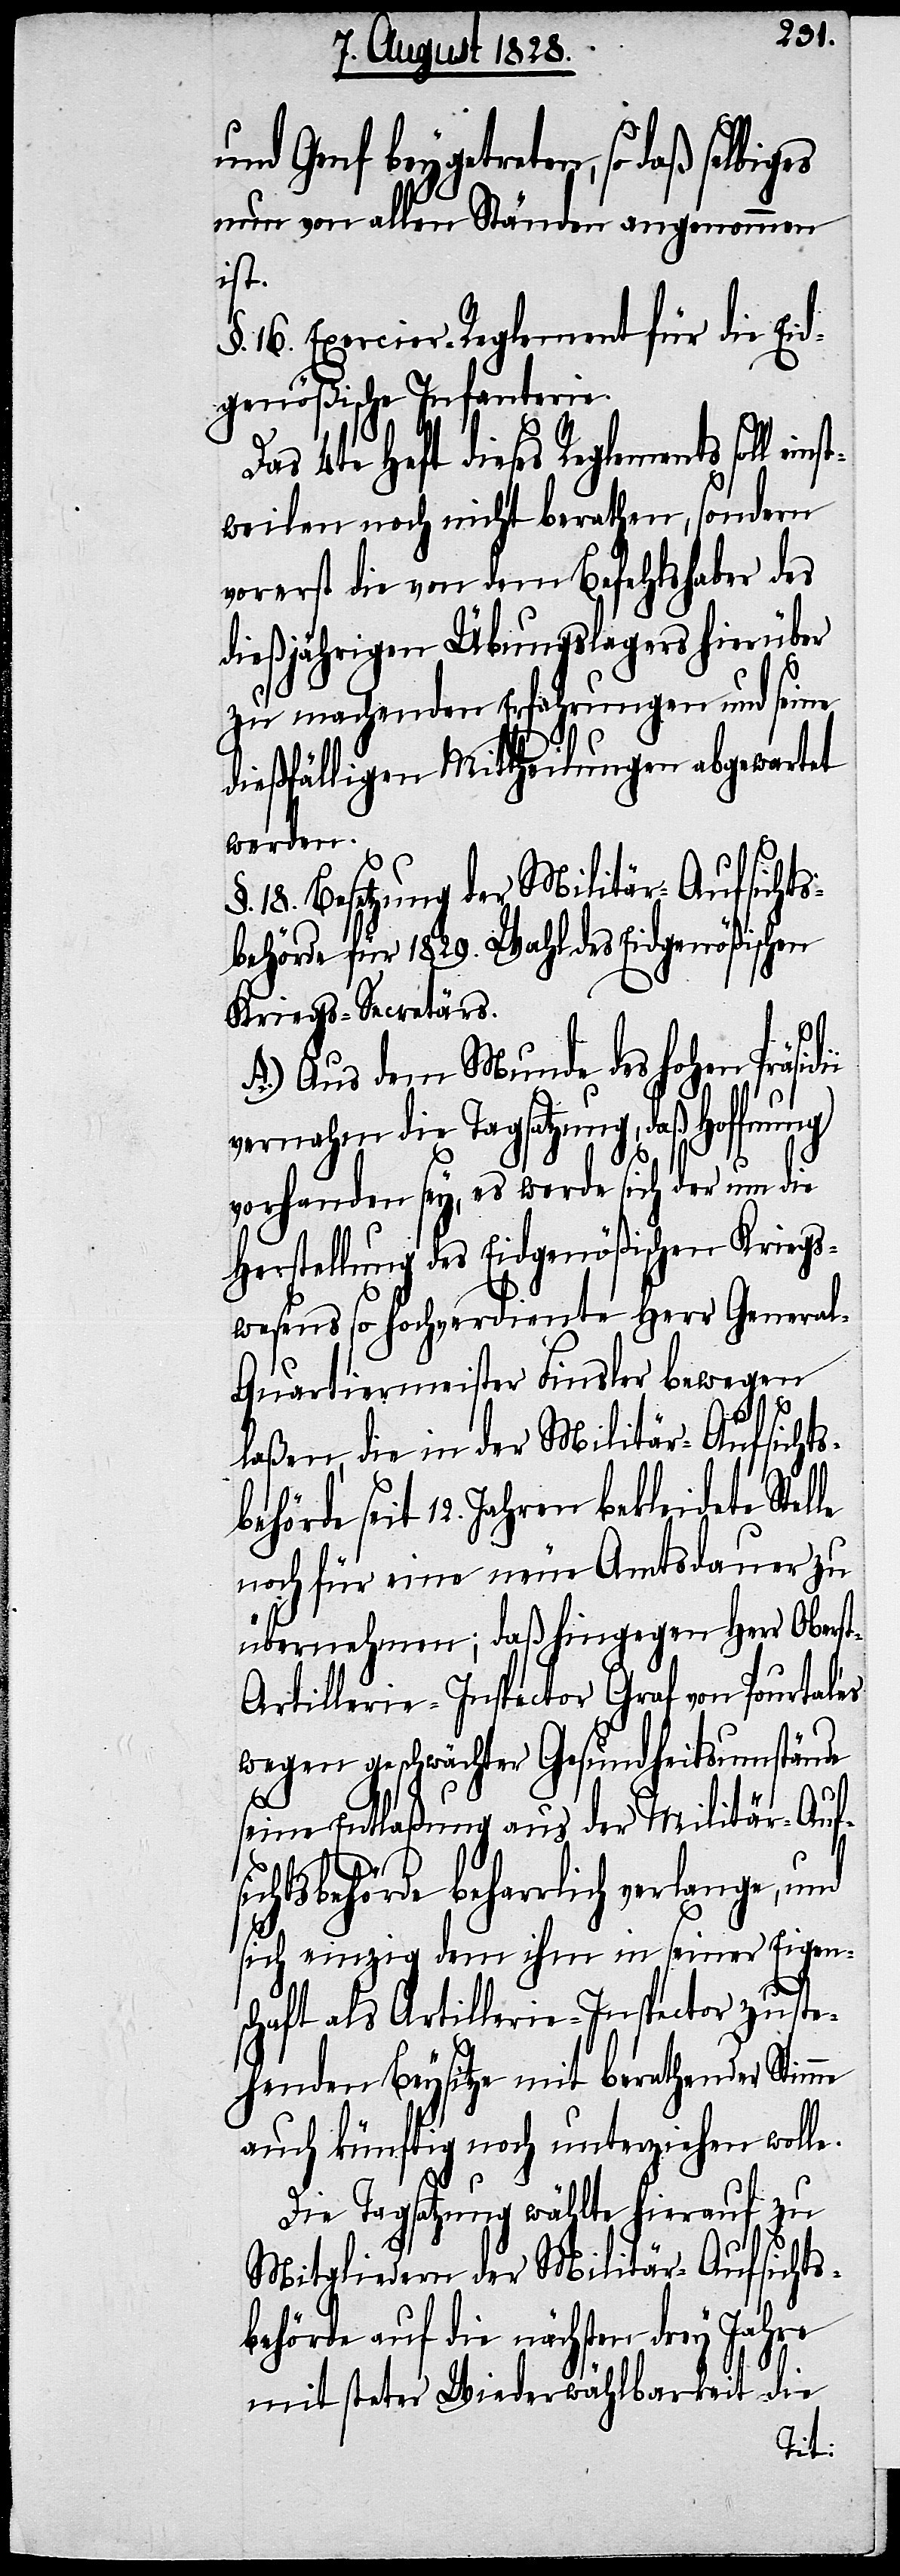
und Genf beygetreten, so daß selbig¬
nun von allen Ständen angenommen
inst¬
§. 16. Exercier-Reglement für die Eid¬
genößische Infanterie.
Das 4te Heft dieses Reglements soll e¬
weilen noch nicht berathen, sondern
vorerst die von dem Befehlshaber des
dießjährigen Übungslagers hierüber
zu machenden Erfahrungen und seine
dießfälligen Mittheilungen abgewartet
werden.
§.18. Besetzung der Militär-Aufsichts¬
behörde für 1829. Wahl des Eidgenößischen
Kriegs-Secretärs.
A.) Aus dem Munde des hohen Präsidii
vernahm die Tagsatzung, daß Hoffnung
vorhanden sey, es werde sich der um die
Herstellung des Eidgenößischen Kriegs¬
wesens so hochverdiente Herr Genera¬
l-Quartiermeister Finsler bewegen
laßen, die in der Militär-Aufsichts¬
behörde seit 12. Jahren bekleidete Stel¬
noch für eine neue Amtsdauer zu
übernehmen; daß hingegen Herr Obers¬
t-Artillerie-Inspector Graf von Pourtalès
wegen geschwächter Gesundheitsumstände
le
seine Entlaßung aus der Militär-Aufs¬
ichtsbehörde beharrlich verlange, und
sich einzig dem ihm in seiner Eigen¬
schaft als Artillerie-Inspector zu ste¬
henden Beysitze mit berathender Stim¬
auch künftig noch unterziehen wolle.
me
Die Tagsatzung wählte hierauf zu
Mitgliedern der Militär-Aufsichts¬
behörde auf die nächsten drey Jahre
mit steter Wiederwählbarkeit die